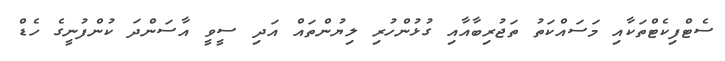
ސެޓްފިކެޓްތަކާއި މަސައްކަތު ތަޖުރިބާއާއި ގުޅުންހުރި ލިޔުންތައް އަދި ސީވީ އާސަންދަ ކުންފުނީގެ ހެޑް